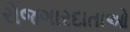
રોજગારદાતાઓ